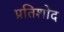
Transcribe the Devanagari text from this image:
प्रतिशोद